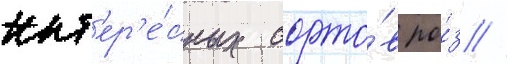
инт'ер'е́сных сорто́в ро́з //